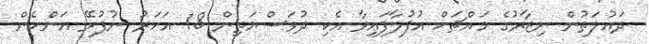
ދައުލަތުން ނިޒާރުގެ މައްޗަށް އުފުލާފައިވާ އެކި ދުވަސްމަތިން 18 އަހަރު ނުފުރޭ އަންހެން